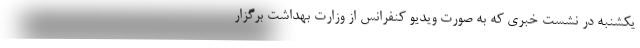
یکشنبه در نشست خبری که به صورت ویدیو کنفرانس از وزارت بهداشت برگزار